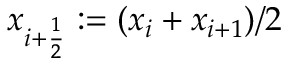
x _ { i + \frac 1 2 } : = ( x _ { i } + x _ { i + 1 } ) / 2